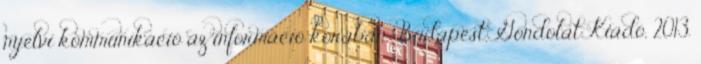
nyelvi kommunikáció az információ korában. Budapest, Gondolat Kiadó, 2013.